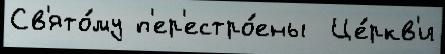
Св'ято́му п'ер'естро́ены  Це́ркв'и